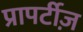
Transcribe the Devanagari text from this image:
प्रापर्टीज़